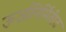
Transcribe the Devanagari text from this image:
ऊर्जानिर्मितीत